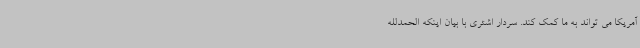
آمریکا می تواند به ما کمک کند. سردار اشتری با بیان اینکه الحمدلله